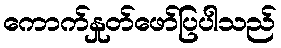
ကောက်နှုတ်ဖော်ပြပါသည်